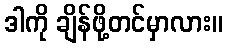
ဒါကို ချိန်ဖို့တင်မှာလား။